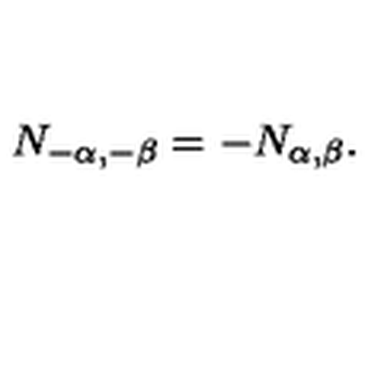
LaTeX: N _ { - \alpha , - \beta } = - N _ { \alpha , \beta } .